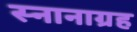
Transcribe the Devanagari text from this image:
स्नानाग्रह